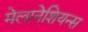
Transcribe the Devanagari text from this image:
मेलानेशियन्स